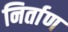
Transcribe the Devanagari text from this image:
निर्ताण